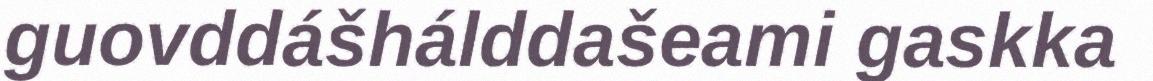
guovddášhálddašeami gaskka